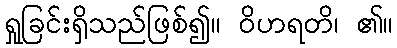
ရှုခြင်းရှိသည်ဖြစ်၍။ ဝိဟရတိ၊ ၏။